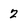
Character: z